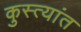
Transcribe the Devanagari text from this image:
कुस्त्यांत